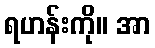
ရဟန်းကို။ အာ